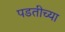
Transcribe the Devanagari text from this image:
पडतीच्या